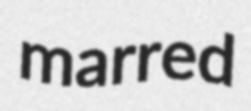
marred